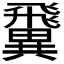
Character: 𩙺